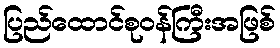
ပြည်ထောင်စုဝန်ကြီးအဖြစ်